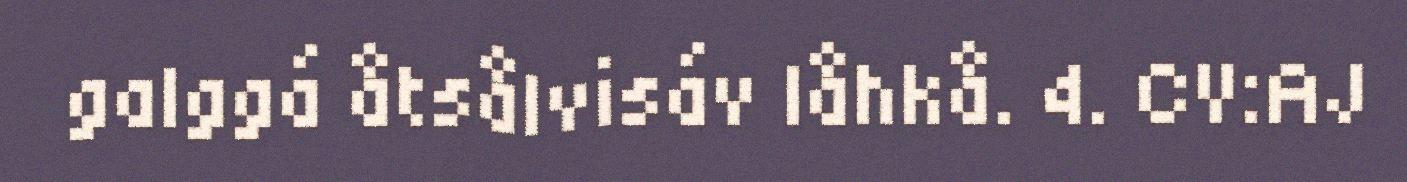
galggá åtsålvisáv låhkå. 4. CV:AJ